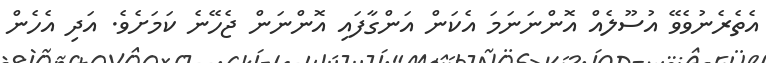
އެތެރެނުވެވޭ އުސޫލެއް އޮންނަނަމަ އެކަން އަންގާފައި އޮންނަން ޖެހޭނެ ކަމަށެވެ. އަދި އެހެން